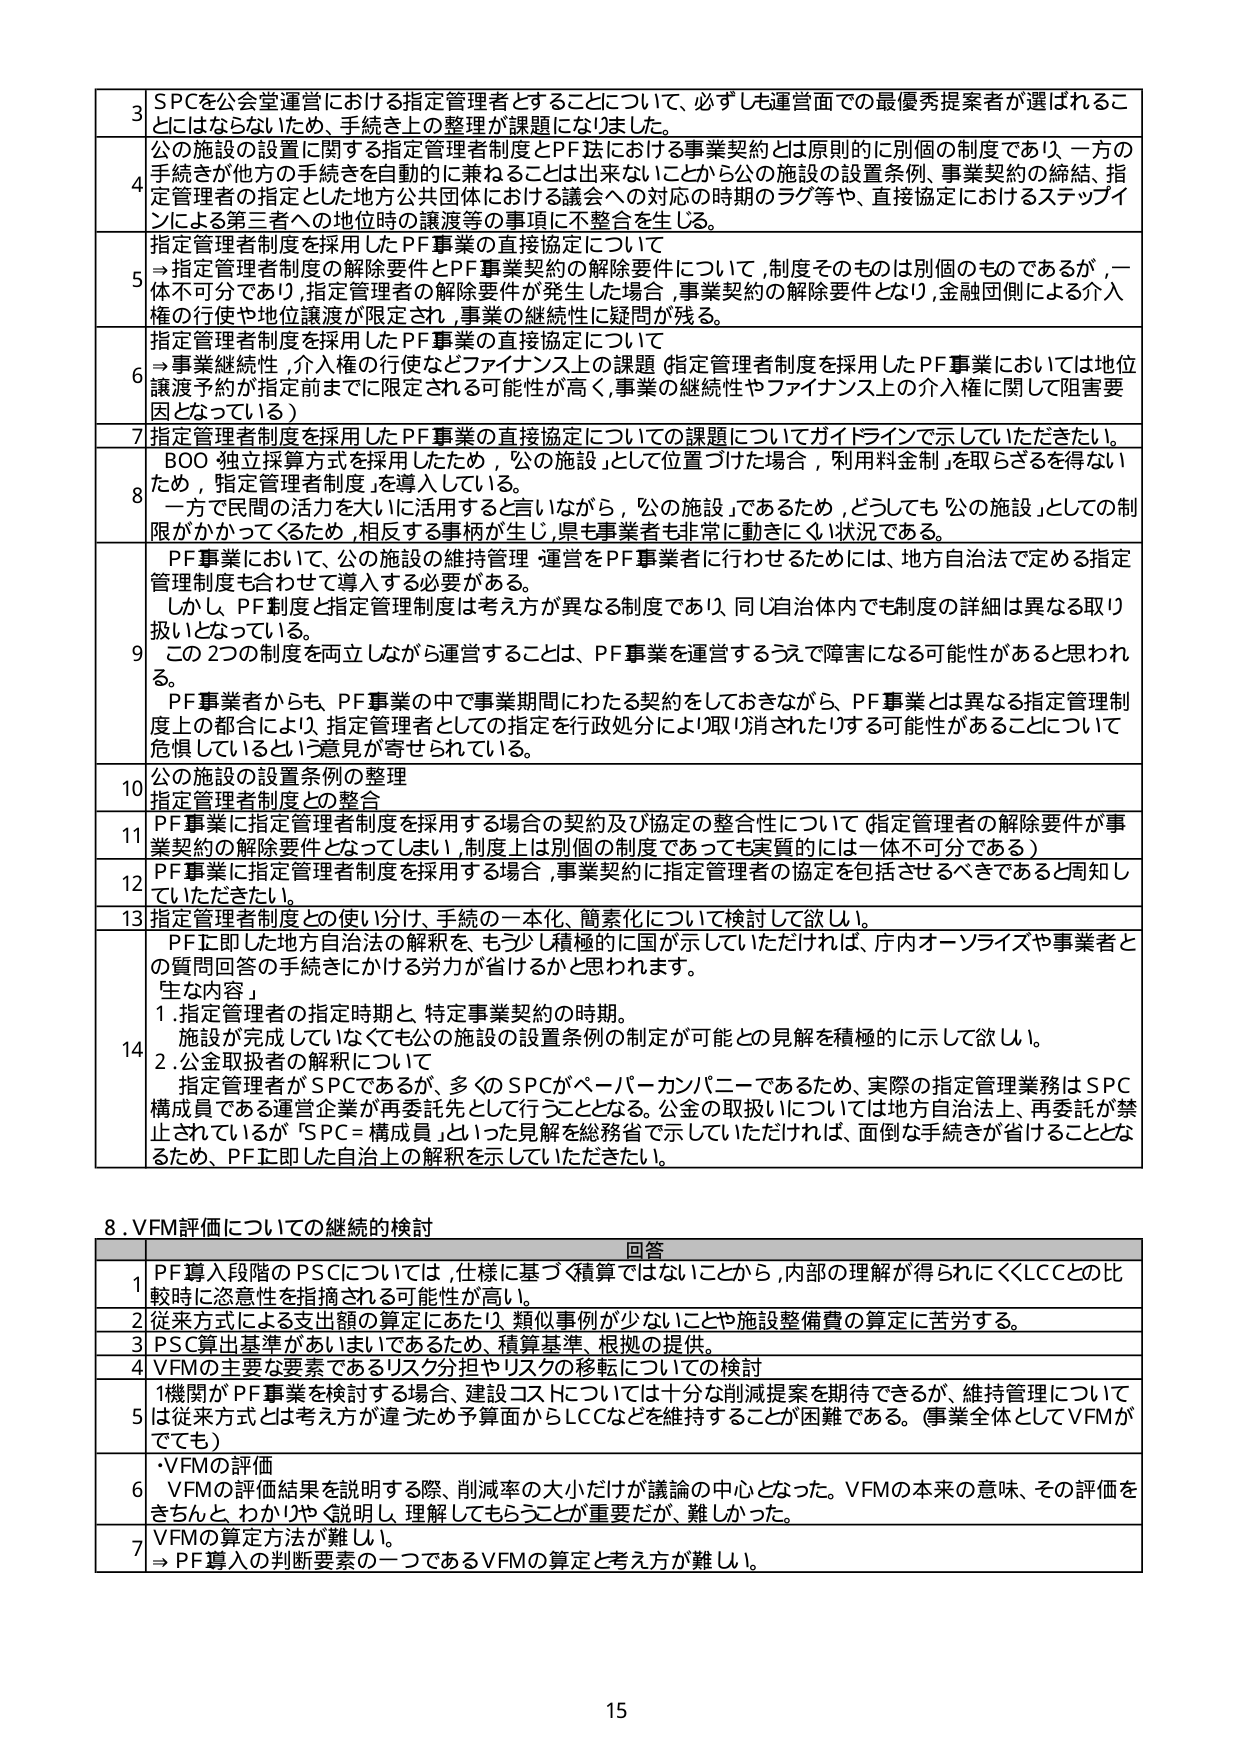
3 SPCを公会堂運営における指定管理者とすることについて、必ずしも運営面での最優秀提案者が選ばれるこ とはにならないため、手続き上の整理が課題となりました。

4 公の施設の設置に関する指定管理者制度とPF法における事業契約とは原則的に別個の制度であり、一方の 手続きが他方の手続きを自動的に兼ねることは出来ないことから公の施設の設置条例、事業契約の締結、指 定管理者の指定とした地方公共団体における議会への対応の時期のラグ等や、直接協定におけるステップイ ンによる第三者への地位時の譲渡等の事項に不整合を生じる。

5 指定管理者制度を採用したPF事業の直接協定について →指定管理者制度の解除要件とPF事業契約の解除要件について、制度そのものは別個のものであるが、一 体不可分であり、指定管理者の解除要件が発生した場合、事業契約の解除要件となり、金融回復による介入 権の行使や地位譲渡が限定され、事業の継続性に疑問が残る。

6 指定管理者制度を採用したPF事業の直接協定について →事業継続性、介入権の行使などファイナンス上の課題（指定管理者制度を採用したPF事業においては地位 譲渡予約が指定前までに限定される可能性が高く、事業の継続性やファイナンス上の介入権に関して阻害要 因となっている）

7 指定管理者制度を採用したPF事業の直接協定についての課題についてガイドラインで示していただきたい。

8 BOO 独立採算方式を採用したため、「公の施設」として位置づけた場合、「利用料金制」を取らざるを得ない ため、「指定管理者制度」を導入している。 一方で民間の活力を大いに活用すると言いながら、「公の施設」であるため、どうしても「公の施設」としての制 限がかかってくるため、相反する事柄が生じ、県も事業者も非常に動きにくい状況である。

9 PF事業において、公の施設の維持管理・運営をPF事業者に行わせるためには、地方自治法で定める指定 管理制度も合わせて導入する必要がある。 しかし、PF制度と指定管理制度は考え方の異なる制度であり、同じ自治体内でも制度の詳細は異なる取り 扱いとなっている。 この2つの制度を両立しながら運営することは、PF事業を運営するうえで障害になる可能性があると思われ る。 PF事業者からも、PF事業の中で事業期間にわたる契約をしておきながら、PF事業とは異なる指定管理制度 上の都合により、指定管理者としての指定を行政処分により取り消されたりする可能性があることについて 危惧しているという意見が寄せられている。

10 公の施設の設置条例の整理 指定管理者制度との整合

11 PF事業に指定管理者制度を採用する場合の契約及び協定の整合性について（指定管理者の解除要件が事 業契約の解除要件となってしまい、制度上は別個の制度であっても実質的には一体不可分である）

12 PF事業に指定管理者制度を採用する場合、事業契約に指定管理者の協定を包括させるべきであると周知し ていただきたい。

13 指定管理者制度との使い分け、手続の一元化、簡素化について検討して欲しい。

14 PFに即した地方自治法の解釈を、もう少し積極的に国が示していただければ、庁内オーソライズや事業者と の質問回答の手続きにかける労力が省けるかと思われます。 生な内容」 1. 指定管理者の指定時期と、特定事業契約の時期。 施設が完成していなくても公の施設の設置条例の制定が可能との見解を積極的に示して欲しい。 2. 公金取扱者の解除について 指定管理者がSPCであるが、多くのSPCがベーパーカンパニーであるため、実際の指定管理業務はSPC 構成員である運営企業が再委託先として行うこととなる。公金の取扱いについては地方自治法上、再委託が禁 止されているが「SPC＝構成員」といった見解を総務省で示していただければ、面倒な手続きが省けることとな るため、PFに即した自治上の解釈を示していただきたい。

8. VFM評価についての継続的検討 回答

1 PF導入段階のPSCについては、仕様に基づく精算ではないことから、内部の理解が得られにくくLCCとの比 較時に恣意性を指摘される可能性が高い。

2 従来方式による支出額の算定にあたり、類似事例が少ないことや施設整備費の算定に苦労する。

3 PSC算出基準があいまいであるため、積算基準、根拠の提供。

4 VFMの主要な要素であるリスク分担やリスクの移転についての検討

5 1機関がPF事業を検討する場合、建設コストについては十分な削減提案を期待できるが、維持管理について は従来方式とは考え方が違うため予算面からLCCなどを維持することが困難である。（事業全体としてVFMが でも）

6 ・VFMの評価 VFMの評価結果を説明する際、削減率の大小だけが議論の中心となった。VFMの本来の意味、その評価を きちんと、わかりやすく説明し、理解してもらうことが重要だが、難しかった。

7 VFMの算定方法が難しい。 → PF導入の判断要素の一つであるVFMの算定と考え方が難しい。

15